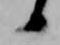
候